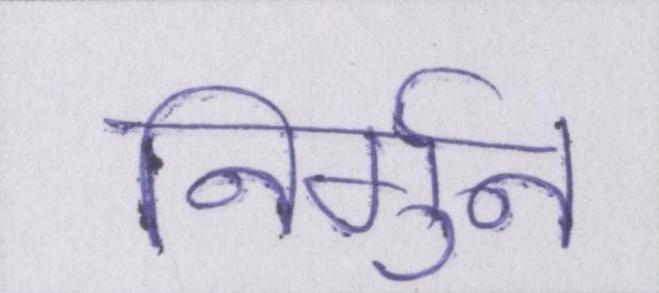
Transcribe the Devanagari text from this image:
निर्गुन